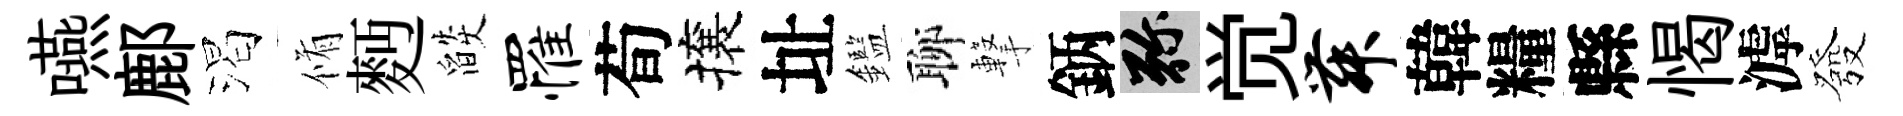
嚥鄜渴脩麪燄罹荀攘址鑑聊撃鈵弥觉舞韓糧縣愒滹發